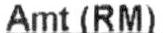
AMT (RM)